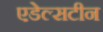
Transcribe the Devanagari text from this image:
एडेल्सटीन